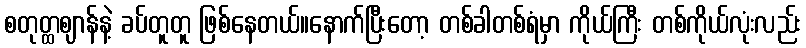
စတုတ္ထဈာန်နဲ့ ခပ်တူတူ ဖြစ်နေတယ်။နောက်ပြီးတော့ တစ်ခါတစ်ရံမှာ ကိုယ်ကြီး တစ်ကိုယ်လုံးလည်း